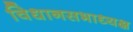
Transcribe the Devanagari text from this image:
विधानसभाध्यक्ष